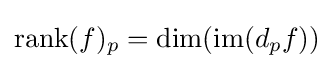
\operatorname {rank} (f)_{p}=\dim(\operatorname {im} (d_{p}f))